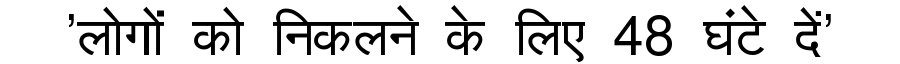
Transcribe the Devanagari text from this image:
'लोगों को निकलने के लिए 48 घंटे दें'